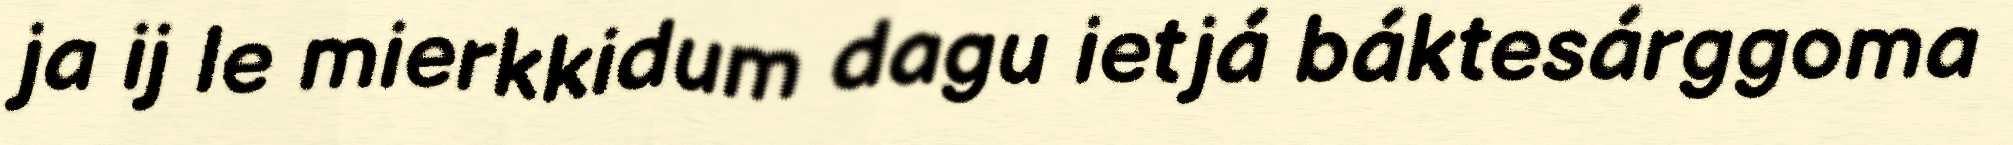
ja ij le mierkkidum dagu ietjá báktesárggoma